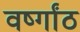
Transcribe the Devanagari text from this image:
वर्ष्गांठ